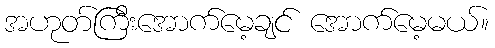
အဟုတ်ကြီးအောက်မေ့ချင် အောက်မေ့မယ်။